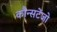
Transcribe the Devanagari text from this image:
कौन्सटेंजो